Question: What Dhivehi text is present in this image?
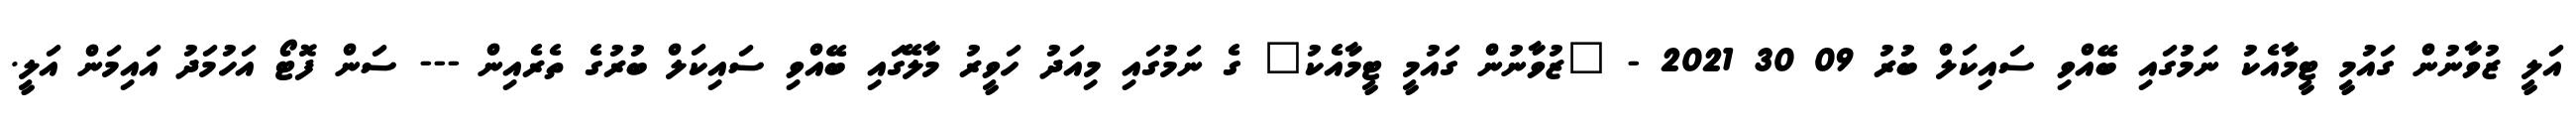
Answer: އަލީ ޒުވާނުން ގައުމީ ޓީމާއެކު ނަމުގައި ބޭއްވި ސައިކަލް ބުރު 09 30 2021 - "ޒުވާނުން ގައުމީ ޓީމާއެކު" ގެ ނަމުގައި މިއަދު ހަވީރު މާލޭގައި ބޭއްވި ސައިކަލް ބުރުގެ ތެރެއިން --- ސަން ފޮޓޯ އަހުމަދު އައިމަން އަލީ.